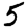
Digit: 5